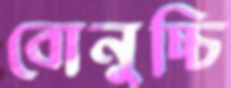
বোনুচ্চি